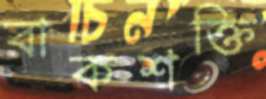
বাকশক্তি